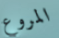
المروع